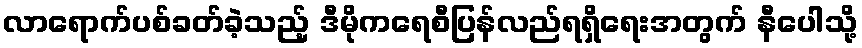
လာရောက်ပစ်ခတ်ခဲ့သည့် ဒီမိုကရေစီပြန်လည်ရရှိရေးအတွက် နီပေါသို့